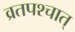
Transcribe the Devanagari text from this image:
व्रतपश्चात्‌